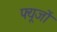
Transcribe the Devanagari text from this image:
फ्यूजों